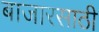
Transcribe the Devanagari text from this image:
बाजारसाठी